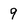
Character: 9